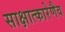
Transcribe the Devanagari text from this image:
साक्षात्कारेणैव